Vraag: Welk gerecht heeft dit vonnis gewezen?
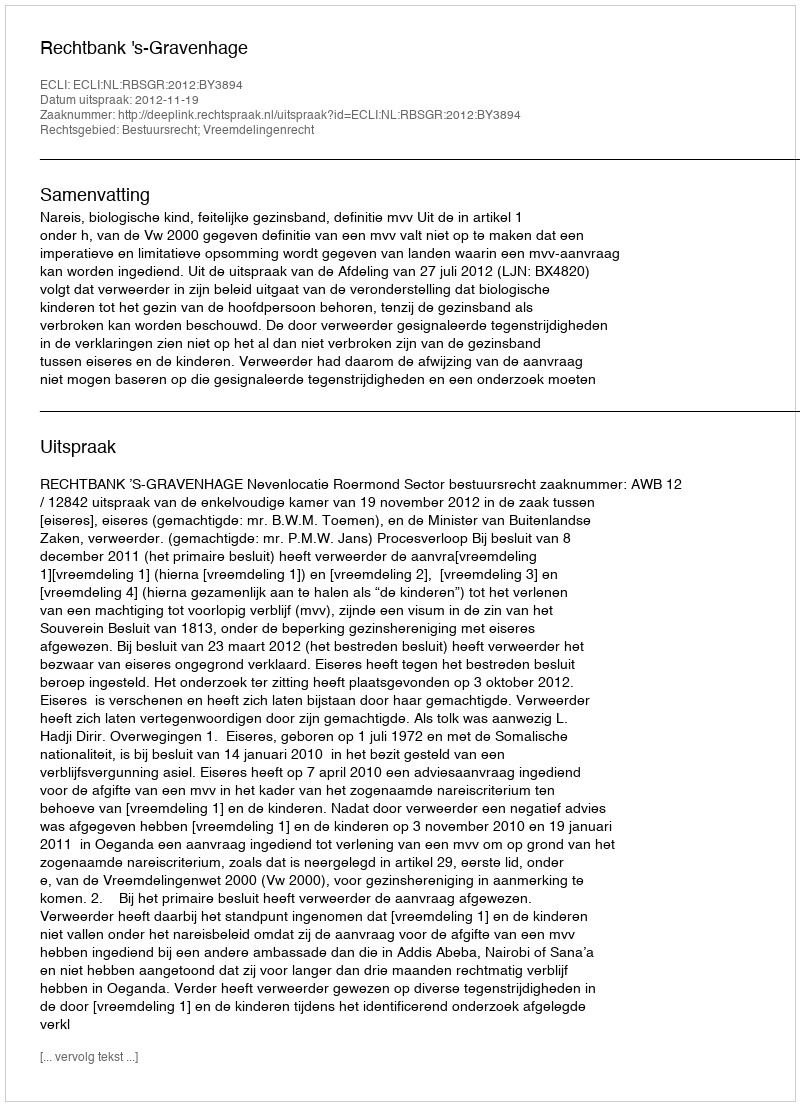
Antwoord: Rechtbank 's-Gravenhage